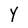
Character: Y